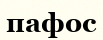
пафос